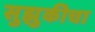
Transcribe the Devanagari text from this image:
सुझुकीचा